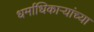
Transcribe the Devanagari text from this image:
धर्माधिकाऱ्यांच्या